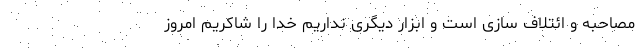
مصاحبه و ائتلاف‌ سازی است و ابزار دیگری نداریم خدا را شاکریم امروز